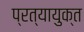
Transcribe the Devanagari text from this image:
प्रत्यायुक्त